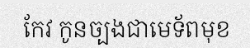
កែវ កូនច្បងជាមេទ័ពមុខ